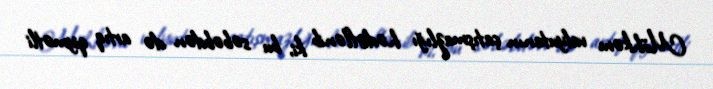
Möhkəm valyutanın çatışmazlığı hədəflənib ki, bu səbəbdən də artıq qiymətli